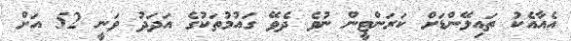
އެއާއެކު ތައިލޭންޑަށް ކަރަންޓީން ނުވެ ދެވޭ ގައުމުތަކުގެ އަދަދު ވަނީ 52 އަށް